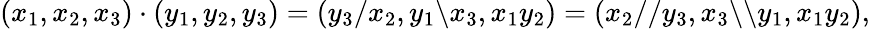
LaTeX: (x_{1},x_{2},x_{3})\cdot(y_{1},y_{2},y_{3})=(y_{3}/x_{2},y_{1}\backslash x_{3},x_{1}y_{2})=(x_{2}//y_{3},x_{3}\backslash\backslash y_{1},x_{1}y_{2}),